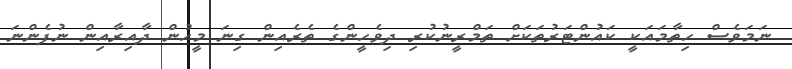
ނަމަވެސް ހިތާމައަކީ ކައުންޓަރުތަކަށް ތަމްރީނުކުރި ދިވެހީންގެ ތެރެއިން ގިނަ މީހުން ދާއިރާއިން ނުފެންނަ